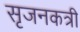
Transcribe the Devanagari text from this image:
सृजनकत्री